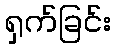
ရှက်ခြင်း